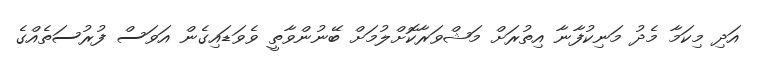
އަދި މިކަމާ މެދު މަނިކުފާނާ އިތުރަށް މަޝްވަރާކޮށްލުމަށް ބޭނުންވާތީ ވެވަޑައިގެން އަވަސް ފުރުސަތެއްގެ